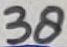
Text: 38